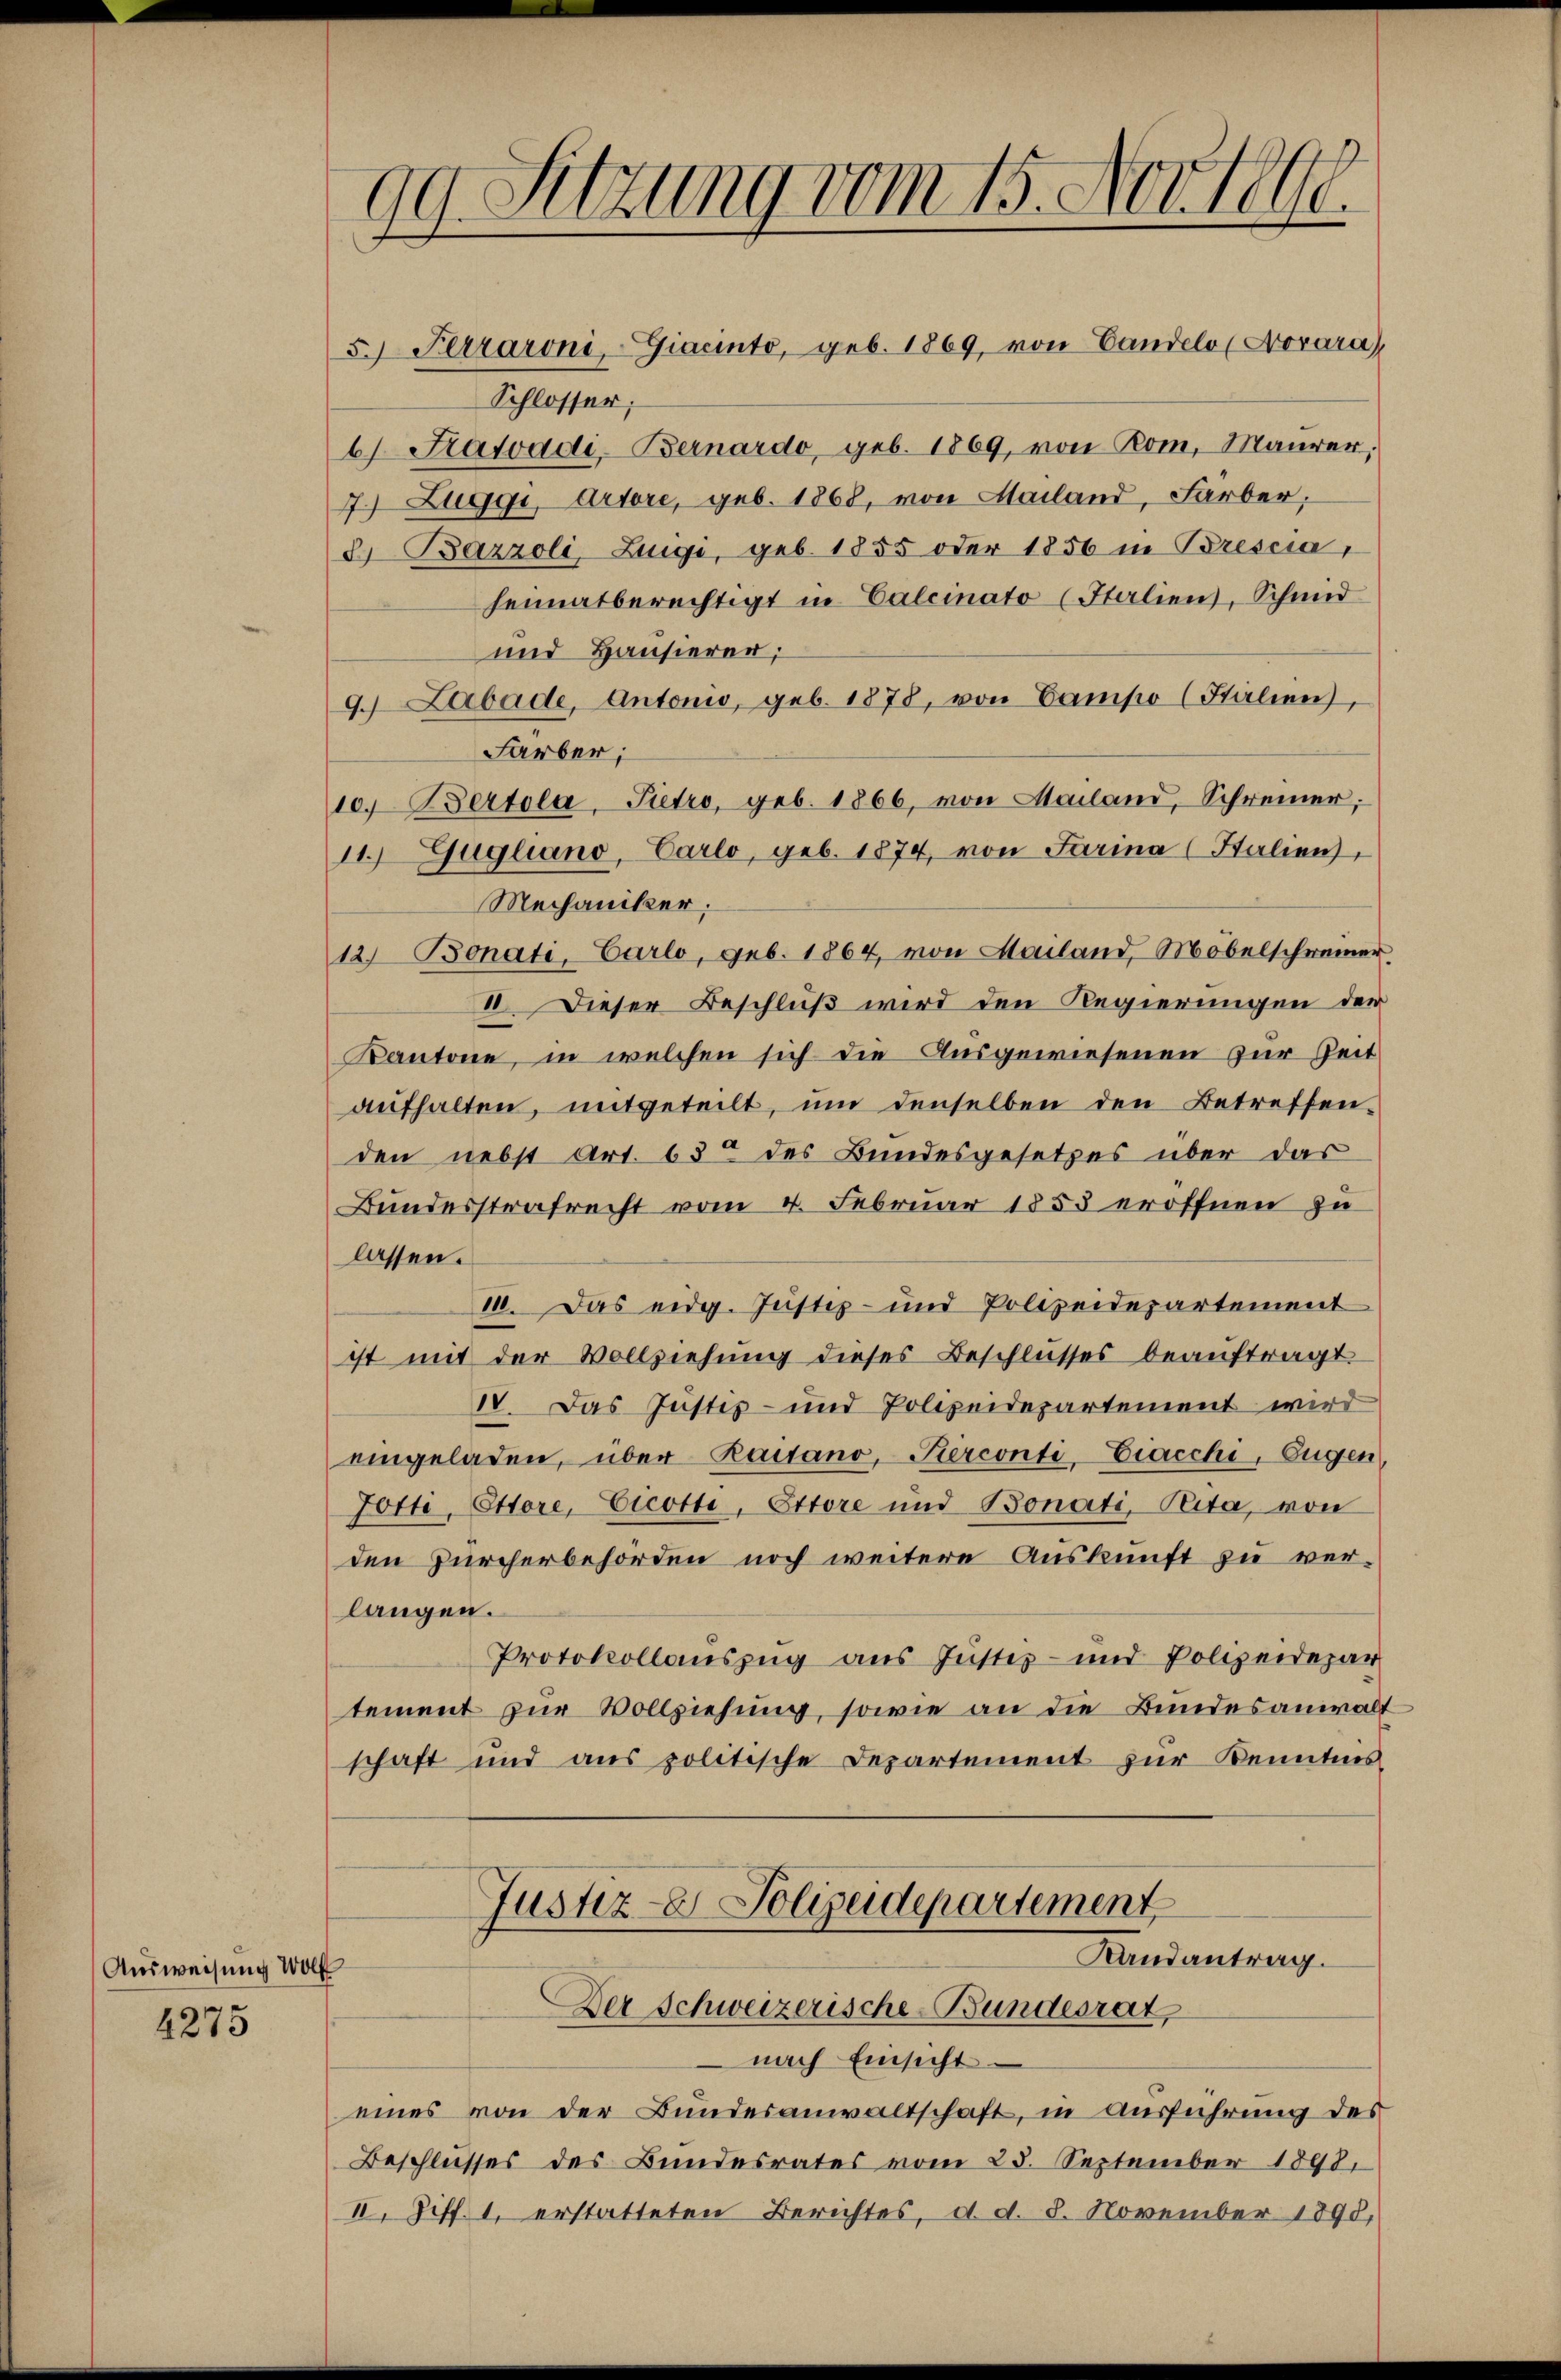
Ausweisung W

4275

i

99. Sitzung vom 15. Nov. 1890.

5. Ferraroni,-Giacinto, geb. 1869, von Candelo (Forara)
Schlosser;
b. Statvadi Bernardo, geb. 1869, von Rom, Maurer,
7.) Zuggi, Artore, geb. 1868, von Mailand, Farber;
2 Bazzoli, Luigi, geb. 1855 oder 1856 in Brescia
heimatberechtigt in Calcinato (Halien), Schmid
und Hausierer,
9. Labade, Antonio, geb. 1878, von Bampo (Salien),
Färber;
10. Bertola-Pietro, geb. 1866, von Mailand, Schreiner;
11.) Gugliano, Carlo, geb. 1874, von Farina (Stalien),
Mechaniker.
12) Bonati, Carlo, geb. 1864, von Mailand, Möbelschreiner
II. Dieser Beschluß wird den Regierungen der
Kantone, in welchen sich die Ausgewiesenen zur Zeit
aŭfhalten, mitgeteilt, um denselben den Betreffen-
den nebst Art. 63 des Bundesgesetzes über das
Bundesstrafrecht vom 4. Februar 1853 eröffnen zu
lassen.
11. Das eidg. Justiz- und Polizeidepartement
ist mit der Vollziehŭng dieses Beschlŭsses beaŭftragt.
IV. Das Justiz- und Polizeidepartement wird
eingeladen, über Raitano, Tierconti-Eiacchi, Eugen,
Jotti, Ettore, Cicotti, Ettore und Bonati, Rita, von
den Zürcherbehörden noch weitere Auskunft zu verlangen.
Protokollauszug aus Justiz- und Polizeidepar
tement zur Vollziehung, sowie an die Bundesanwalt
schaft und aus politische Departement zur Kenntnis

Justiz- & Polizeidepartement
Landantrag.
Der Schweizerische Bundesrat

nach Einsicht.
eines von der Bundesanwaltschaft, in Ausführung des
Beschlusses des Bundesrates vom 25. September 1898,
II. Ziff. 1. erstatteten Berichtes, d. d. 8. November 1890,